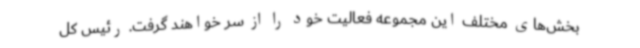
بخش‌های مختلف این مجموعه فعالیت خود را از سر خواهند گرفت. رئیس کل